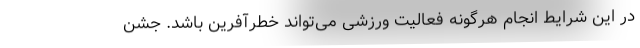
در این شرایط انجام هرگونه فعالیت ورزشی می‌تواند خطرآفرین باشد. جشن